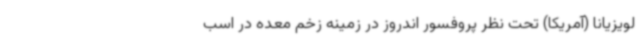
لویزیانا (آمریکا) تحت نظر پروفسور اندروز در زمینه زخم معده در اسب